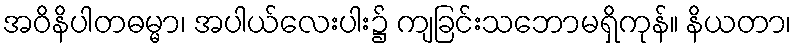
အဝိနိပါတဓမ္မာ၊ အပါယ်လေးပါး၌ ကျခြင်းသဘောမရှိကုန်။ နိယတာ၊